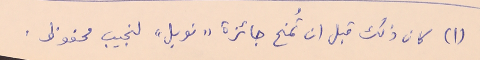
(١) كان ذلك قبل ان تُمنح جائزة "نوبل" لنجيب محفوظ.